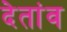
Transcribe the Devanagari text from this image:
देतांव